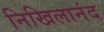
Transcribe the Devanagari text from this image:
निखिलानंद